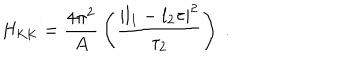
H _ { \mathrm { K K } } = { \frac { 4 \pi ^ { 2 } } { A } } \left( { \frac { | l _ { 1 } - l _ { 2 } \tau | ^ { 2 } } { \tau _ { 2 } } } \right) \ .